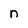
Character: n